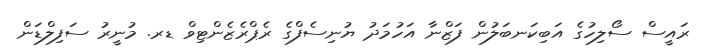
ރައީސް ސޯލިހުގެ އަބިކަނބަލުން ފަޒްނާ އަހުމަދު ޔުނިސެފްގެ ރެޕްރެޒެންޓިވް ޑރ. މުނީރު ސަފިލްޑަން